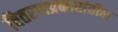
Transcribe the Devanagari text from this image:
वितरणप्रकारांतील